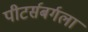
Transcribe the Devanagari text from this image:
पीटर्सबर्गला